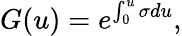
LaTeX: G(u)=e^{\int_{0}^{u}\sigma du},